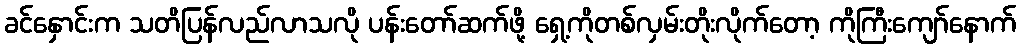
ခင်နှောင်းက သတိပြန်လည်လာသလို ပန်းတော်ဆက်ဖို့ ရှေ့ကိုတစ်လှမ်းတိုးလိုက်တော့ ကိုကြီးကျော်နောက်